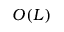
O ( L )